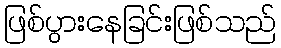
ဖြစ်ပွားနေခြင်းဖြစ်သည်